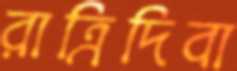
রাত্রিদিবা